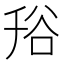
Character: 谸